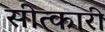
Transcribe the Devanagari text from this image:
सीत्कारी